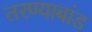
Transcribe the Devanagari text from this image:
तरण्याबांड